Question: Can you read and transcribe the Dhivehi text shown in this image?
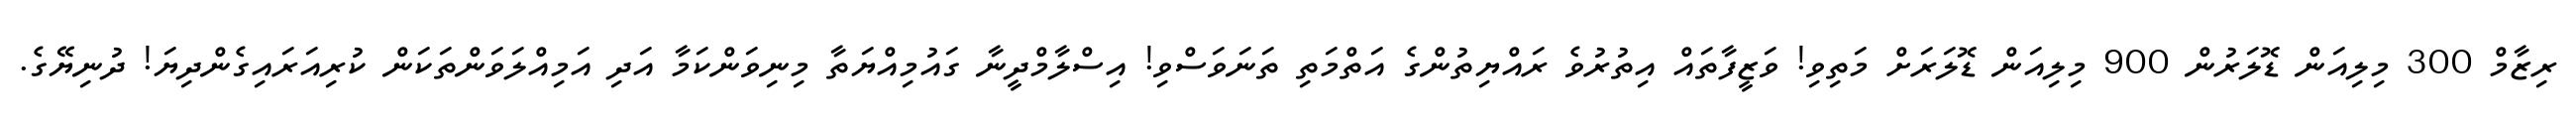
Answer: ރިޒާމް 300 މިލިއަން ޑޮލަރުން 900 މިލިއަން ޑޮލަރަށް މަތިވި! ވަޒީފާތައް އިތުރުވެ ރައްޔިތުންގެ އަތްމަތި ތަނަވަސްވި! އިސްލާމްދީނާ ގައުމިއްޔަތާ މިނިވަންކަމާ އަދި އަމިއްލަވަންތަކަން ކުރިއަރައިގެންދިޔަ! ދުނިޔޭގެ.